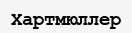
Хартмюллер